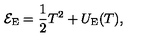
{ \cal E } _ { \mathrm { E } } = \frac { 1 } { 2 } T ^ { 2 } + U _ { \mathrm { E } } ( T ) ,